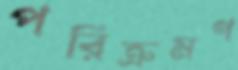
পরিক্রমণ